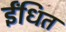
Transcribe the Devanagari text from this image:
ईंधित